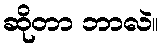
ဆိုတာ ဘာလဲ။